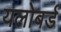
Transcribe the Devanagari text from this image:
यलोबर्ड